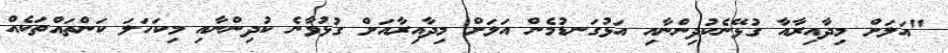
"އަލަށް މިދާއިރާއާ ގުޅޭނެކުދިންނާއި އަޅުގަނޑުމެން އަލަށް މިދާއިރާއަށް ގުޅުވާނެ ކުދިންނާއި މިކަހަލަ ކަންތައްތަކެއް